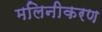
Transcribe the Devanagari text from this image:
मलिनीकरण